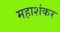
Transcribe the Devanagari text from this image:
महाशंकर